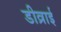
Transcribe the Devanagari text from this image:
डीव्राई